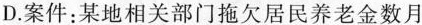
D.案件：某地相关部门拖欠居民养老金数月